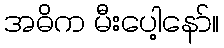
အဓိက မီးပေါ့နော်။